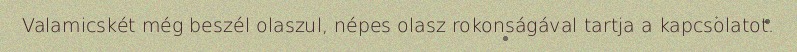
Valamicskét még beszél olaszul, népes olasz rokonságával tartja a kapcsolatot.